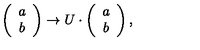
\left( \begin{array} { c } { { a } } \\ { { b } } \\ \end{array} \right) \to U \cdot \left( \begin{array} { c } { a } \\ { b } \\ \end{array} \right) ,